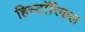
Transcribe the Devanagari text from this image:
हिस्टाॅरिकल